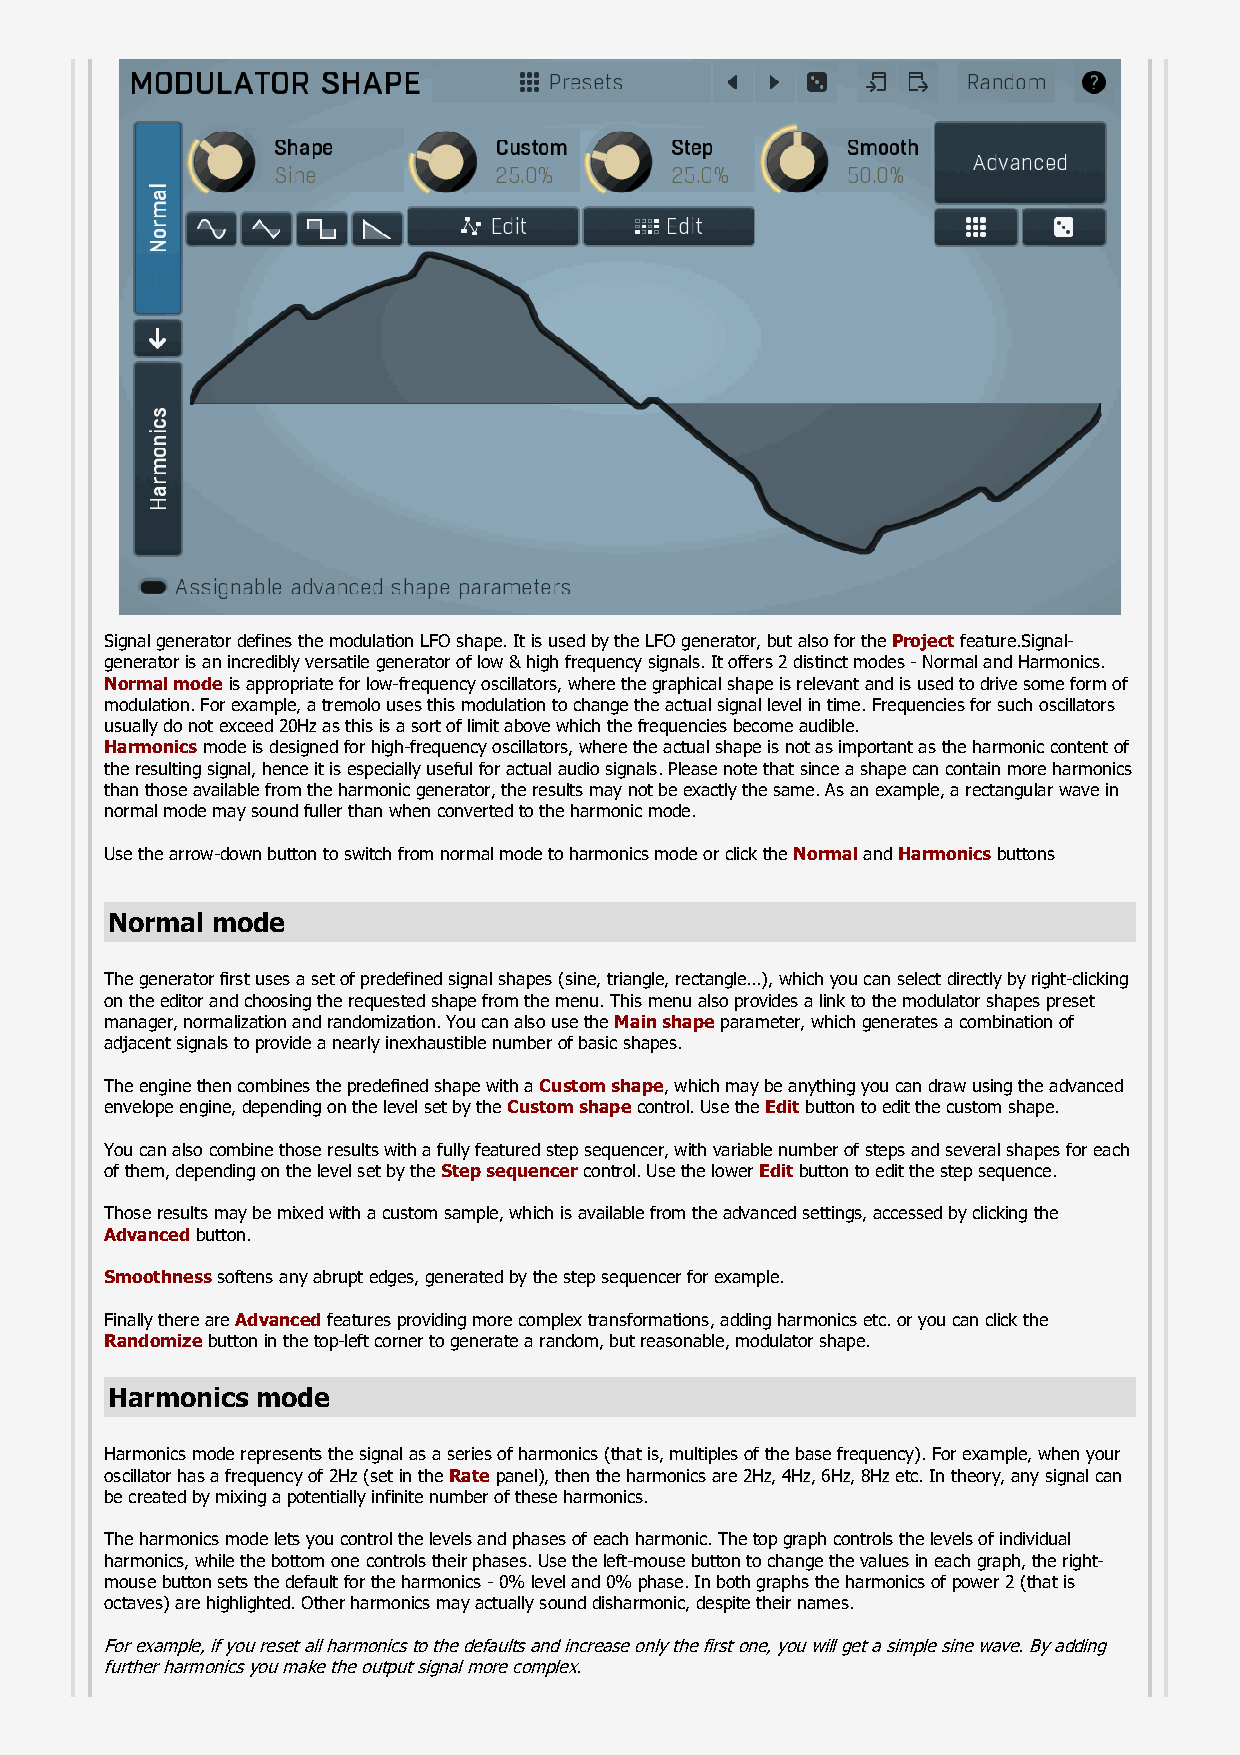
Signal generator defines the modulation LFO shape. It is used by the LFO generator, but also for the Project feature.Signal-
 generator is an incredibly versatile generator of low & high frequency signals. It offers 2 distinct modes - Normal and Harmonics.
 Normal mode is appropriate for low-frequency oscillators, where the graphical shape is relevant and is used to drive some form of
 modulation. For example, a tremolo uses this modulation to change the actual signal level in time. Frequencies for such oscillators
 usually do not exceed 20Hz as this is a sort of limit above which the frequencies become audible.
 Harmonics mode is designed for high-frequency oscillators, where the actual shape is not as important as the harmonic content of
 the resulting signal, hence it is especially useful for actual audio signals. Please note that since a shape can contain more harmonics
 than those available from the harmonic generator, the results may not be exactly the same. As an example, a rectangular wave in
 normal mode may sound fuller than when converted to the harmonic mode.
 Use the arrow-down button to switch from normal mode to harmonics mode or click the Normal and Harmonics buttons
 Normal mode
 The generator first uses a set of predefined signal shapes (sine, triangle, rectangle...), which you can select directly by right-clicking
 on the editor and choosing the requested shape from the menu. This menu also provides a link to the modulator shapes preset
 manager, normalization and randomization. You can also use the Main shape parameter, which generates a combination of
 adjacent signals to provide a nearly inexhaustible number of basic shapes.
 The engine then combines the predefined shape with a Custom shape, which may be anything you can draw using the advanced
 envelope engine, depending on the level set by the Custom shape control. Use the Edit button to edit the custom shape.
 You can also combine those results with a fully featured step sequencer, with variable number of steps and several shapes for each
 of them, depending on the level set by the Step sequencer control. Use the lower Edit button to edit the step sequence.
 Those results may be mixed with a custom sample, which is available from the advanced settings, accessed by clicking the
 Advanced button.
 Smoothness softens any abrupt edges, generated by the step sequencer for example.
 Finally there are Advanced features providing more complex transformations, adding harmonics etc. or you can click the
 Randomize button in the top-left corner to generate a random, but reasonable, modulator shape.
 Harmonics mode
 Harmonics mode represents the signal as a series of harmonics (that is, multiples of the base frequency). For example, when your
 oscillator has a frequency of 2Hz (set in the Rate panel), then the harmonics are 2Hz, 4Hz, 6Hz, 8Hz etc. In theory, any signal can
 be created by mixing a potentially infinite number of these harmonics.
 The harmonics mode lets you control the levels and phases of each harmonic. The top graph controls the levels of individual
 harmonics, while the bottom one controls their phases. Use the left-mouse button to change the values in each graph, the right-
 mouse button sets the default for the harmonics - 0% level and 0% phase. In both graphs the harmonics of power 2 (that is
 octaves) are highlighted. Other harmonics may actually sound disharmonic, despite their names.
 For example, if you reset all harmonics to the defaults and increase only the first one, you will get a simple sine wave. By adding
 further harmonics you make the output signal more complex.